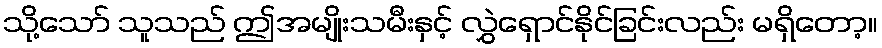
သို့သော် သူသည် ဤအမျိုးသမီးနှင့် လွှဲရှောင်နိုင်ခြင်းလည်း မရှိတော့။